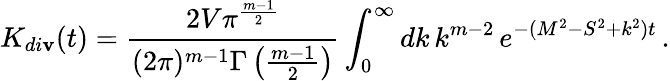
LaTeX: K_{di\mathbf{v}}(t)=\frac{{2V\pi^{\frac{{m-1}}{{2}}}}}{{(2\pi)^{m-1}\Gamma\left(\frac{{m-1}}{{2}}\right)}}\int_{0}^{\infty}dk\, k^{m-2}\, e^{-(M^{2}-S^{2}+k^{2})t}\, .